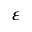
\varepsilon